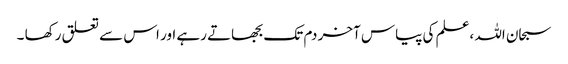
سبحان اللہ ،علم کی پیاس آخر دم تک بجھاتے رہے اور اس سے تعلق رکھا ۔